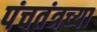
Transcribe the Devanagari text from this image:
पंचतंत्रच्या